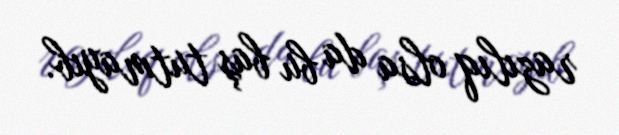
razılıq olsa da bu baş tutmayıb.